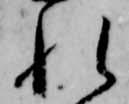
れ